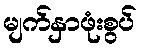
မျက်နှာဖုံးစွပ်